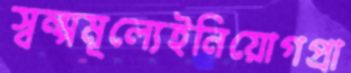
স্বল্পমূল্যেইনিয়োগপ্রা